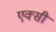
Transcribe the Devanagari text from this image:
एक्सी